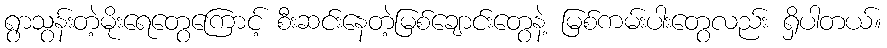
ရွာသွန်းတဲ့မိုးရေတွေကြောင့် စီးဆင်းနေတဲ့မြစ်ချောင်းတွေနဲ့ မြစ်ကမ်းပါးတွေလည်း ရှိပါတယ်။